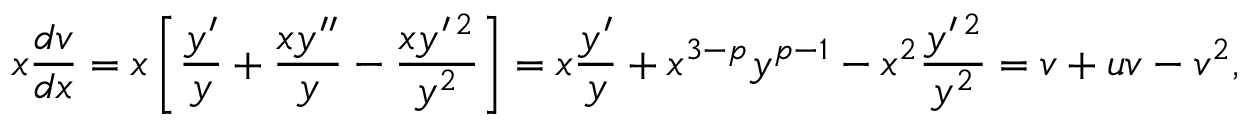
x \frac { d v } { d x } = x \left[ \frac { y ^ { \prime } } { y } + \frac { x y ^ { \prime \prime } } { y } - \frac { x y ^ { \prime \, 2 } } { y ^ { 2 } } \right] = x \frac { y ^ { \prime } } { y } + x ^ { 3 - p } y ^ { p - 1 } - x ^ { 2 } \frac { y ^ { \prime \, 2 } } { y ^ { 2 } } = v + u v - v ^ { 2 } ,